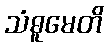
သံဓူမေတိ